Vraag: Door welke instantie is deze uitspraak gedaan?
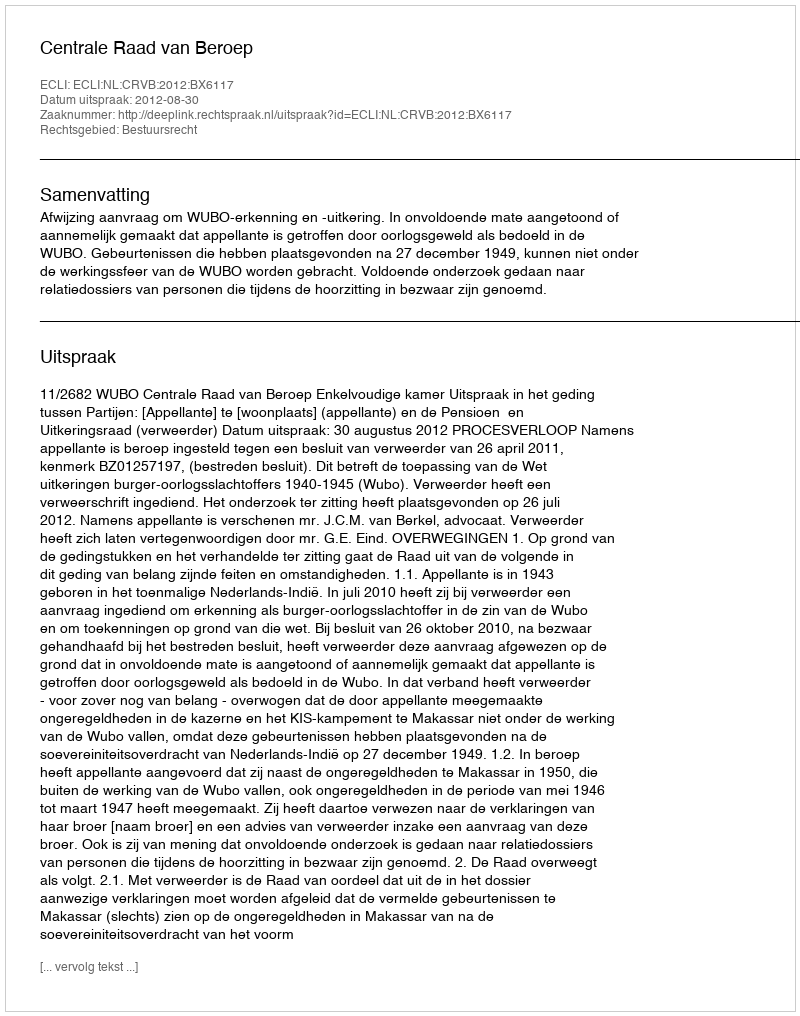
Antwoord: Centrale Raad van Beroep